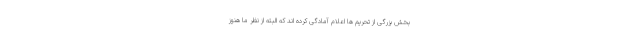
بخش بزرگی از تحریم ها اعلام آمادگی کرده اند که البته از نظر ما هنوز